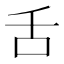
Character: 舌